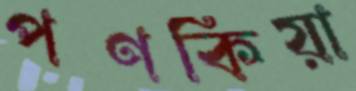
পণকিয়া